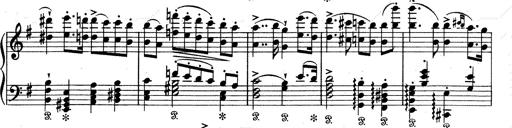
Title: Aus Lohengrin
Composer: Franz Liszt